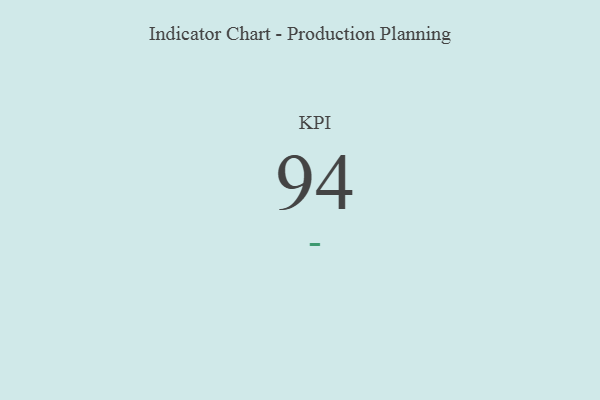
{"axis": {"x": "KPI", "y": "Value"}, "legend": [""], "data": [{"x": "KPI", "y": 94, "type": ""}]}